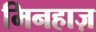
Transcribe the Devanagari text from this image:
मिनहाज़